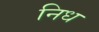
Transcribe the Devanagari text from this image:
निध